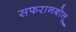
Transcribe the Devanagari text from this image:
सफरानबोलू